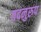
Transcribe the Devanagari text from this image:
तदनुरुप